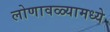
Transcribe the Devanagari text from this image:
लोणावळ्यामध्ये